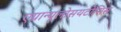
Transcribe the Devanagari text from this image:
एग्रान्यूलोसयटोसिस